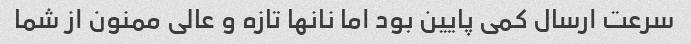
سرعت ارسال کمی پایین بود اما نانها تازه و عالی ممنون از شما